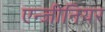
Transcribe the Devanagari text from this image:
एन्जीनियर